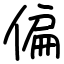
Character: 偏